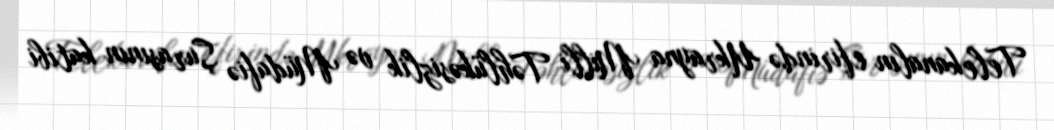
Telekanalın efirində Ukrayna Milli Təhlükəsizlik və Müdafiə Şurasının katibi